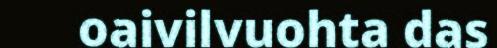
oaivilvuohta das